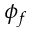
\phi _ { f }